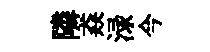
隣猋渌今